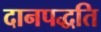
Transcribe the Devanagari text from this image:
दानपद्धति